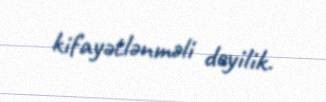
kifayətlənməli deyilik.